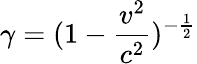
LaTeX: \gamma=(1-\frac{v^{2}}{c^{2}})^{-\frac{1}{2}}